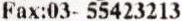
FAX:03- 55423213